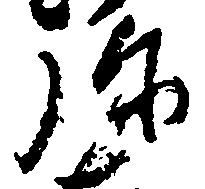
弥